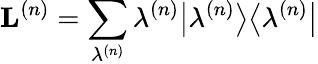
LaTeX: \mathbf{L}^{\left(n\right)}=\sum_{\lambda^{\left(n\right)}}\lambda^{\left(n\right)}\big\vert\lambda^{\left(n\right)}\big\rangle\big\langle\lambda^{\left(n\right)}\big\vert